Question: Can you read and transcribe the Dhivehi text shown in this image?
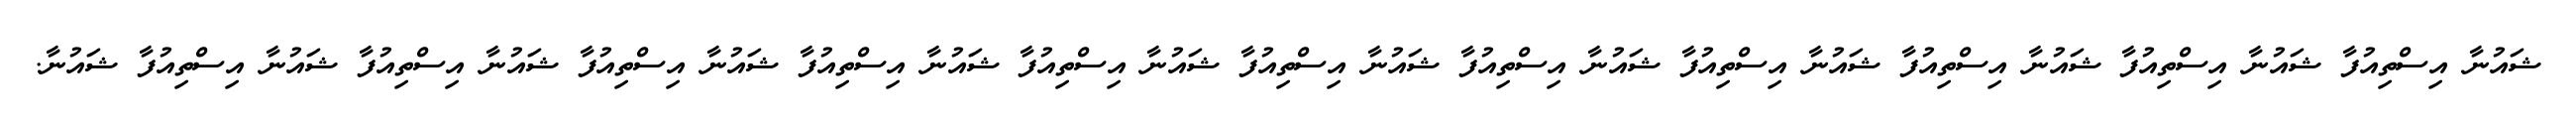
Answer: ޝައުނާ އިސްތިއުފާ ޝައުނާ އިސްތިއުފާ ޝައުނާ އިސްތިއުފާ ޝައުނާ އިސްތިއުފާ ޝައުނާ އިސްތިއުފާ ޝައުނާ އިސްތިއުފާ ޝައުނާ އިސްތިއުފާ ޝައުނާ އިސްތިއުފާ ޝައުނާ އިސްތިއުފާ ޝައުނާ އިސްތިއުފާ ޝައުނާ އިސްތިއުފާ ޝައުނާ.